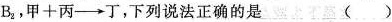
B_{2}，甲+丙→丁，下列说法正确的是 ()